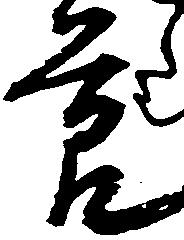
節